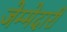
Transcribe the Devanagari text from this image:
जेम्मेदारी